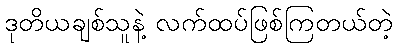
ဒုတိယချစ်သူနဲ့ လက်ထပ်ဖြစ်ကြတယ်တဲ့